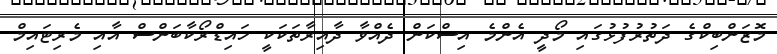
މޮޒަންބިކްގެ ދަތުރުފުޅުގައި މޯދީ އެންމެ އިސްކަން ދެއްވާ ދާއިރާތަކަކީ ހައިޑްރޯކާބަންސް އާއި މެރިޓައިމް